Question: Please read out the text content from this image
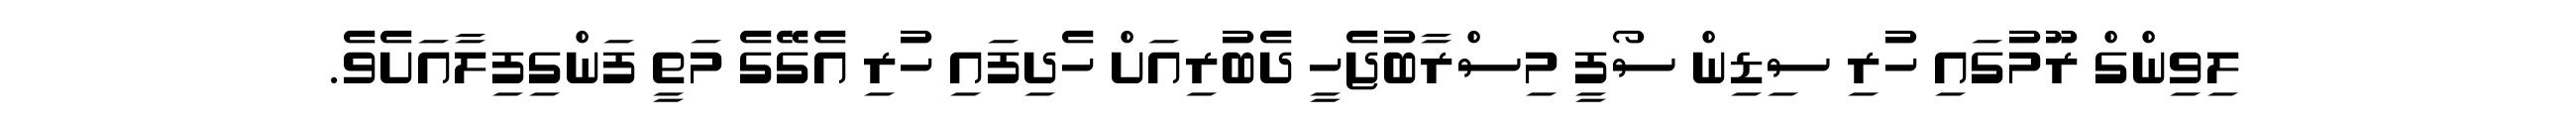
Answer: ލިވިންގް ރޫމުގައި ހުރި ސިޑިން ސޯފީ މިސްރާބުޖެހީ ދެބުރިއަށް ހެދިފައި ހުރި އެގޭގެ މަތީ ފަންގިފިލާއަށެވެ.